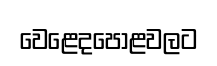
වෙළෙදපොළවලට